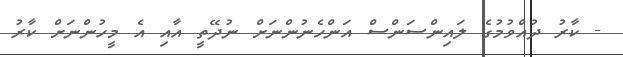
- ކާރު ދުއްވުމުގެ ލައިންސަންސް އަންހެނުންނަށް ނުދޭތީ އާއި އެ މީހުންނަށް ކާރު